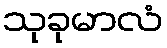
သုခုမာလံ